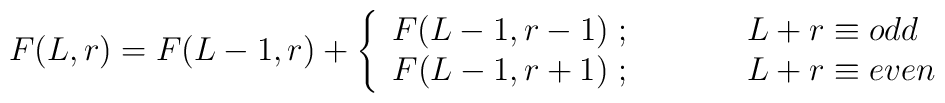
F(L,r)=F(L-1,r)+ \left\{\begin{array}{cl}F(L-1,r-1)\;; & \;\;\;\;\;\;\;\;\;\;L+r\equiv odd \\F(L-1,r+1)\;; & \;\;\;\;\;\;\;\;\;\;L+r\equiv even \\\end{array}\right.